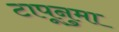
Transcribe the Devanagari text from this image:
टापूनुमा